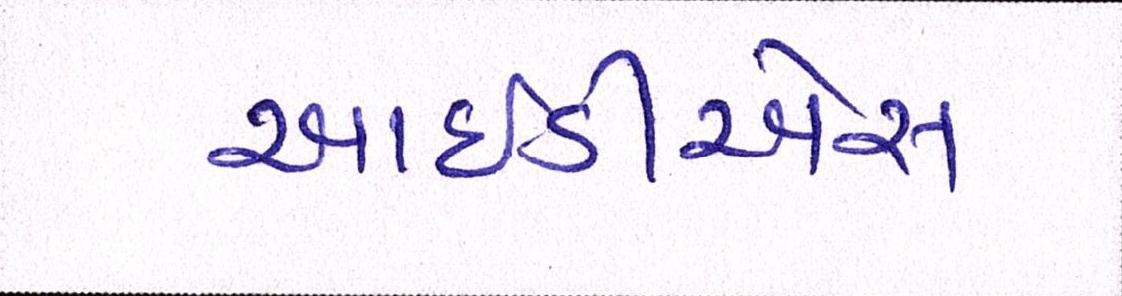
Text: આઈડીએસ